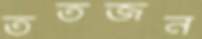
ততজন